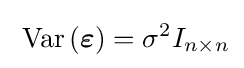
\;\operatorname {Var} \left({\boldsymbol {\varepsilon }}\right)=\sigma ^{2}I_{n\times n}